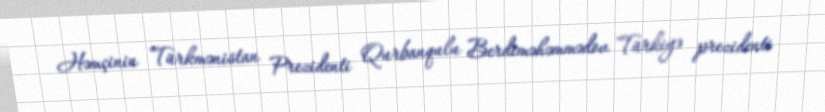
Həmçinin Türkmənistan Prezidenti Qurbanqulu Berdiməhəmmədov Türkiyə prezidenti